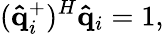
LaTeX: (\mathbf{\hat{q}}_{i}^{+})^{H}\mathbf{\hat{q}}_{i}=1,